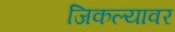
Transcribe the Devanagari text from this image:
जिकल्यावर